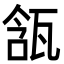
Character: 㼨